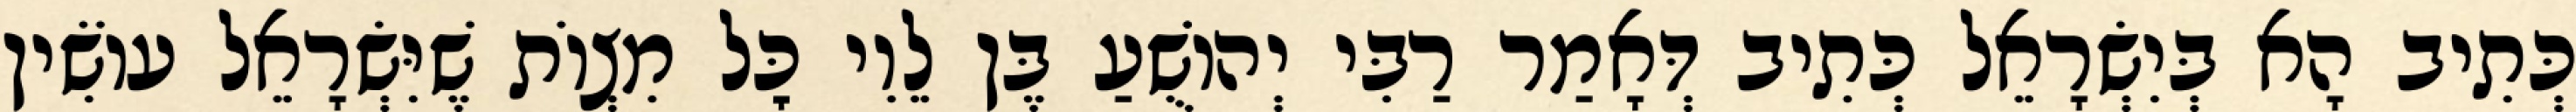
כְּתִיב הָא בְּיִשְׂרָאֵל כְּתִיב דְּאָמַר רַבִּי יְהוֹשֻׁעַ בֶּן לֵוִי כׇּל מִצְוֹת שֶׁיִּשְׂרָאֵל עוֹשִׂין